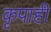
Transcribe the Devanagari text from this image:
कृपाही